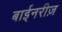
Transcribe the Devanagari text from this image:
बाईनरीज़